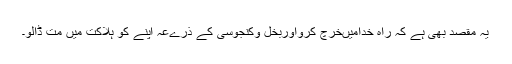
يہ مقصد بھى ہے کہ راہ خداميںخرچ کرواوربخل وکنجوسى کے ذرےعہ اپنے کو ہلاکت ميں مت ڈالو۔